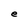
Character: e